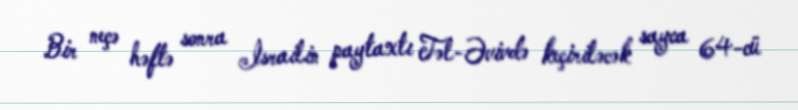
Bir neçə həftə sonra İsrailin paytaxtı Təl-Əvivdə keçiriləcək sayca 64-cü